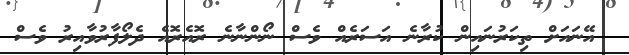
އޭނައަށް ތިކަރުނައިން ކުރާނެ އަސަރެއް ވެސް ނޯންނާނެ ރޮއެރޮއެ ދެލޯފާރުވާއިރު ވެސް